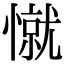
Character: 憱